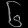
Digit: ၆